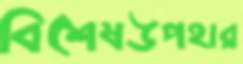
বিশেষউপহার